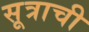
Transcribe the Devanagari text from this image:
सूत्राची